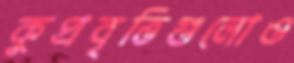
কুপ্রবৃত্তিগুলোও